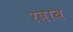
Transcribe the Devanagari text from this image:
रवाब